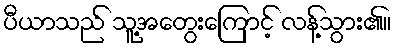
ပီယာသည် သူ့အတွေးကြောင့် လန့်သွား၏။